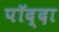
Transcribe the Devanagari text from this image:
पॉद्दा